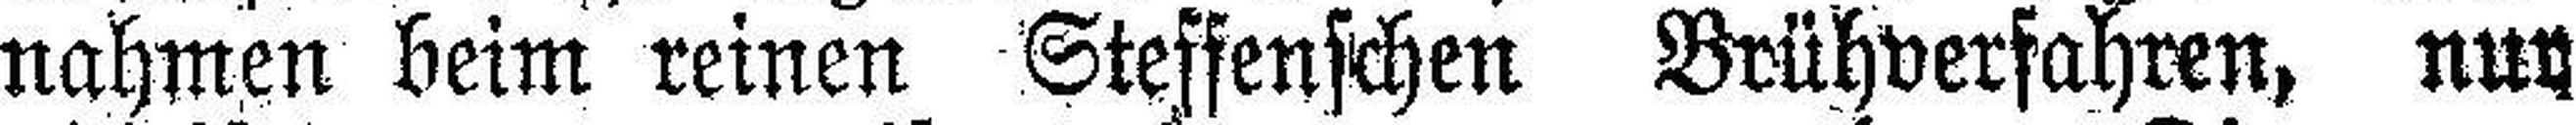
nahmen beim reinen Steffenschen Brühverfahren, nur